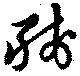
殘